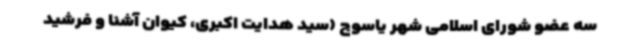
سه عضو شورای اسلامی شهر یاسوج (سید هدایت اکبری، کیوان آشنا و فرشید